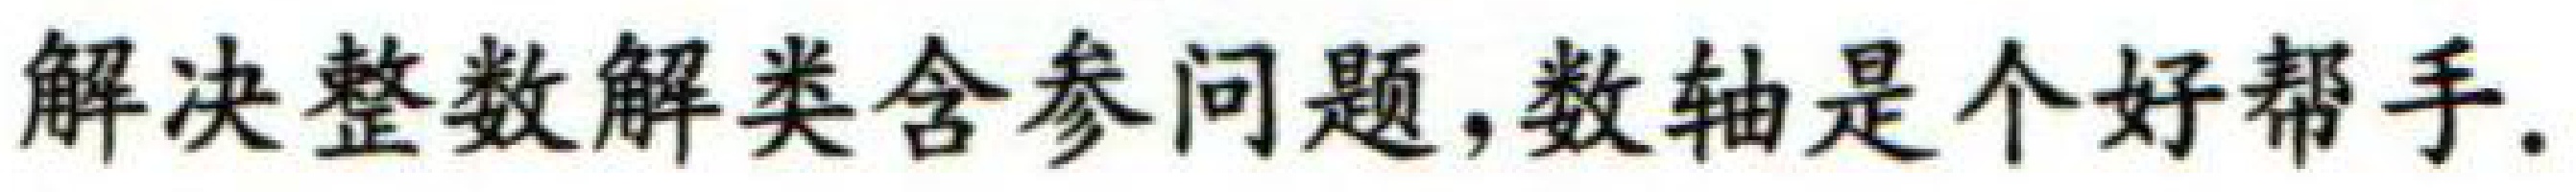
解决整数解类含参问题,数轴是个好帮手.